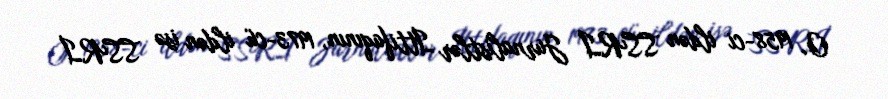
O, 1958-ci ildən SSRİ Jurnalistlər İttifaqının, 1973-cü ildən isə SSRİ